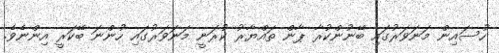
ހުސައިން މަނަވަރުގައި ބޭނުންކުރާ ޕާން ތައްޔާރު ކުރަނީ މަނަވަރުގައި ހުންނަ ބޭކަރީ އިންނެވެ.